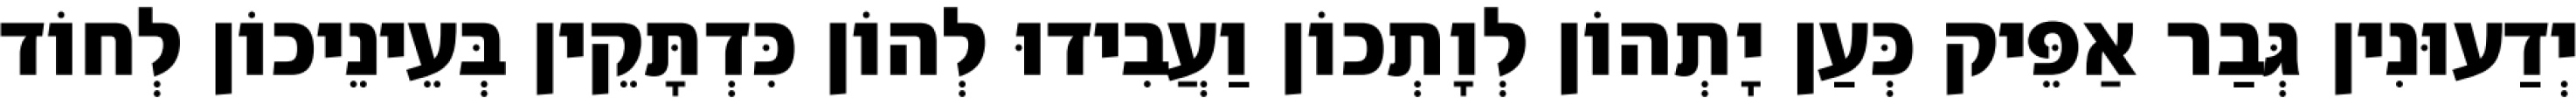
יְדַעוּנִין גְּבַר אַפֵּיק כְּעַן יָתְהוֹן לְוָתְכוֹן וַעֲבִידוּ לְהוֹן כִּדְתָּקֵין בְּעֵינֵיכוֹן לְחוֹד